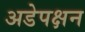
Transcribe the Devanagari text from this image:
अडेपक्षन